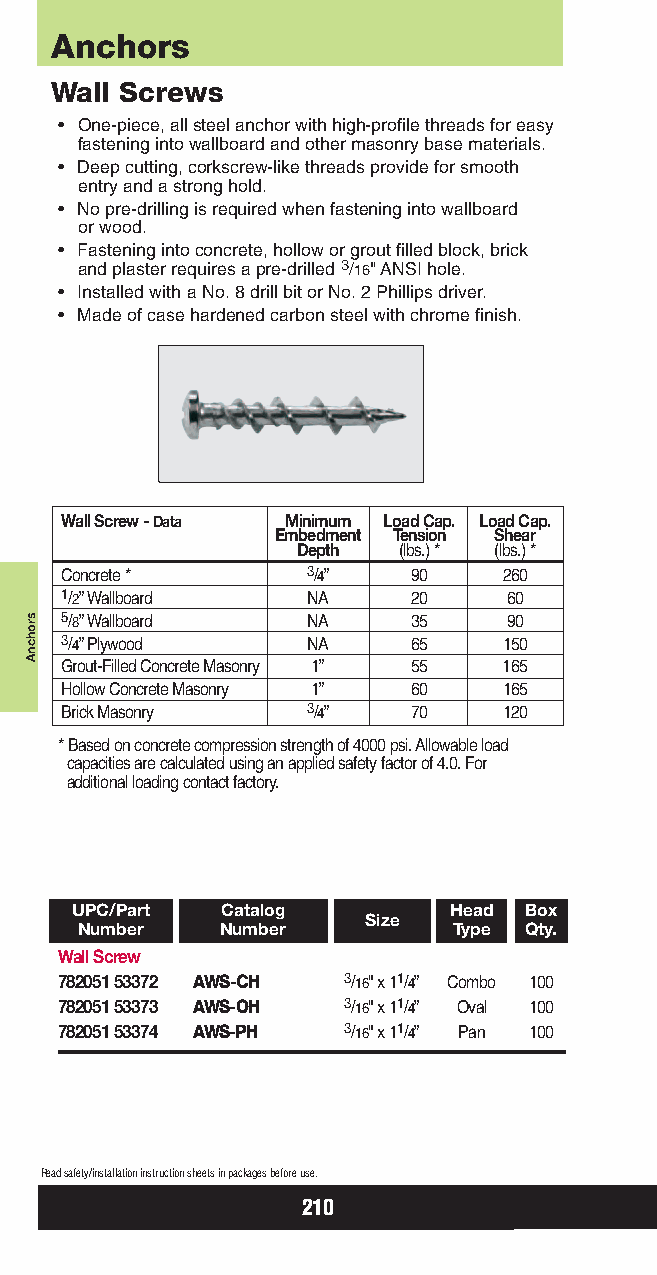
Anchors
 Wall Screws
 • One-piece, all steel anchor with high-profile threads for easy
 fastening into wallboard and other masonry base materials.
 • Deep cutting, corkscrew-like threads provide for smooth
 entry and a strong hold.
 • No pre-drilling is required when fastening into wallboard
 or wood.
 • Fastening into concrete, hollow or grout filled block, brick
 and plaster requires a pre-drilled 3/16" ANSI hole.
 • Installed with a No. 8 drill bit or No. 2 Phillips driver.
 • Made of case hardened carbon steel with chrome finish.
 Wall Screw - Data Minimum Load Cap. Load Cap.
 Embedment Tension Shear
 Depth (lbs.) * (lbs.) *
 Concrete *      3/4”   90    260
 1/2” Wallboard  NA     20     60
 5/8” Wallboard  NA     35     90
 3/4” Plywood    NA     65    150
 Grout-Filled Concrete Masonry 1” 55 165
 Hollow Concrete Masonry 1” 60 165
 Brick Masonry   3/4”   70    120
 * Based on concrete compression strength of 4000 psi. Allowable load
 capacities are calculated using an applied safety factor of 4.0. For
 additional loading contact factory.
 UPC/Part  Catalog        Head Box
 Size
 Number    Number         Type Qty.
 Wall Screw
 782051 53372 AWS-CH 3/16" x 11/4” Combo 100
 782051 53373 AWS-OH 3/16" x 11/4” Oval 100
 782051 53374 AWS-PH 3/16" x 11/4” Pan 100
 Read safety/installation instruction sheets in packages before use.
 210
 srohcnA